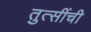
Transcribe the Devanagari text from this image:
तुत्‍सींची